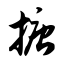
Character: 搪